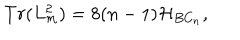
LaTeX: T r ( L _ { m } ^ { 2 } ) = 8 ( n - 1 ) { \cal H } _ { B C _ { n } } ,